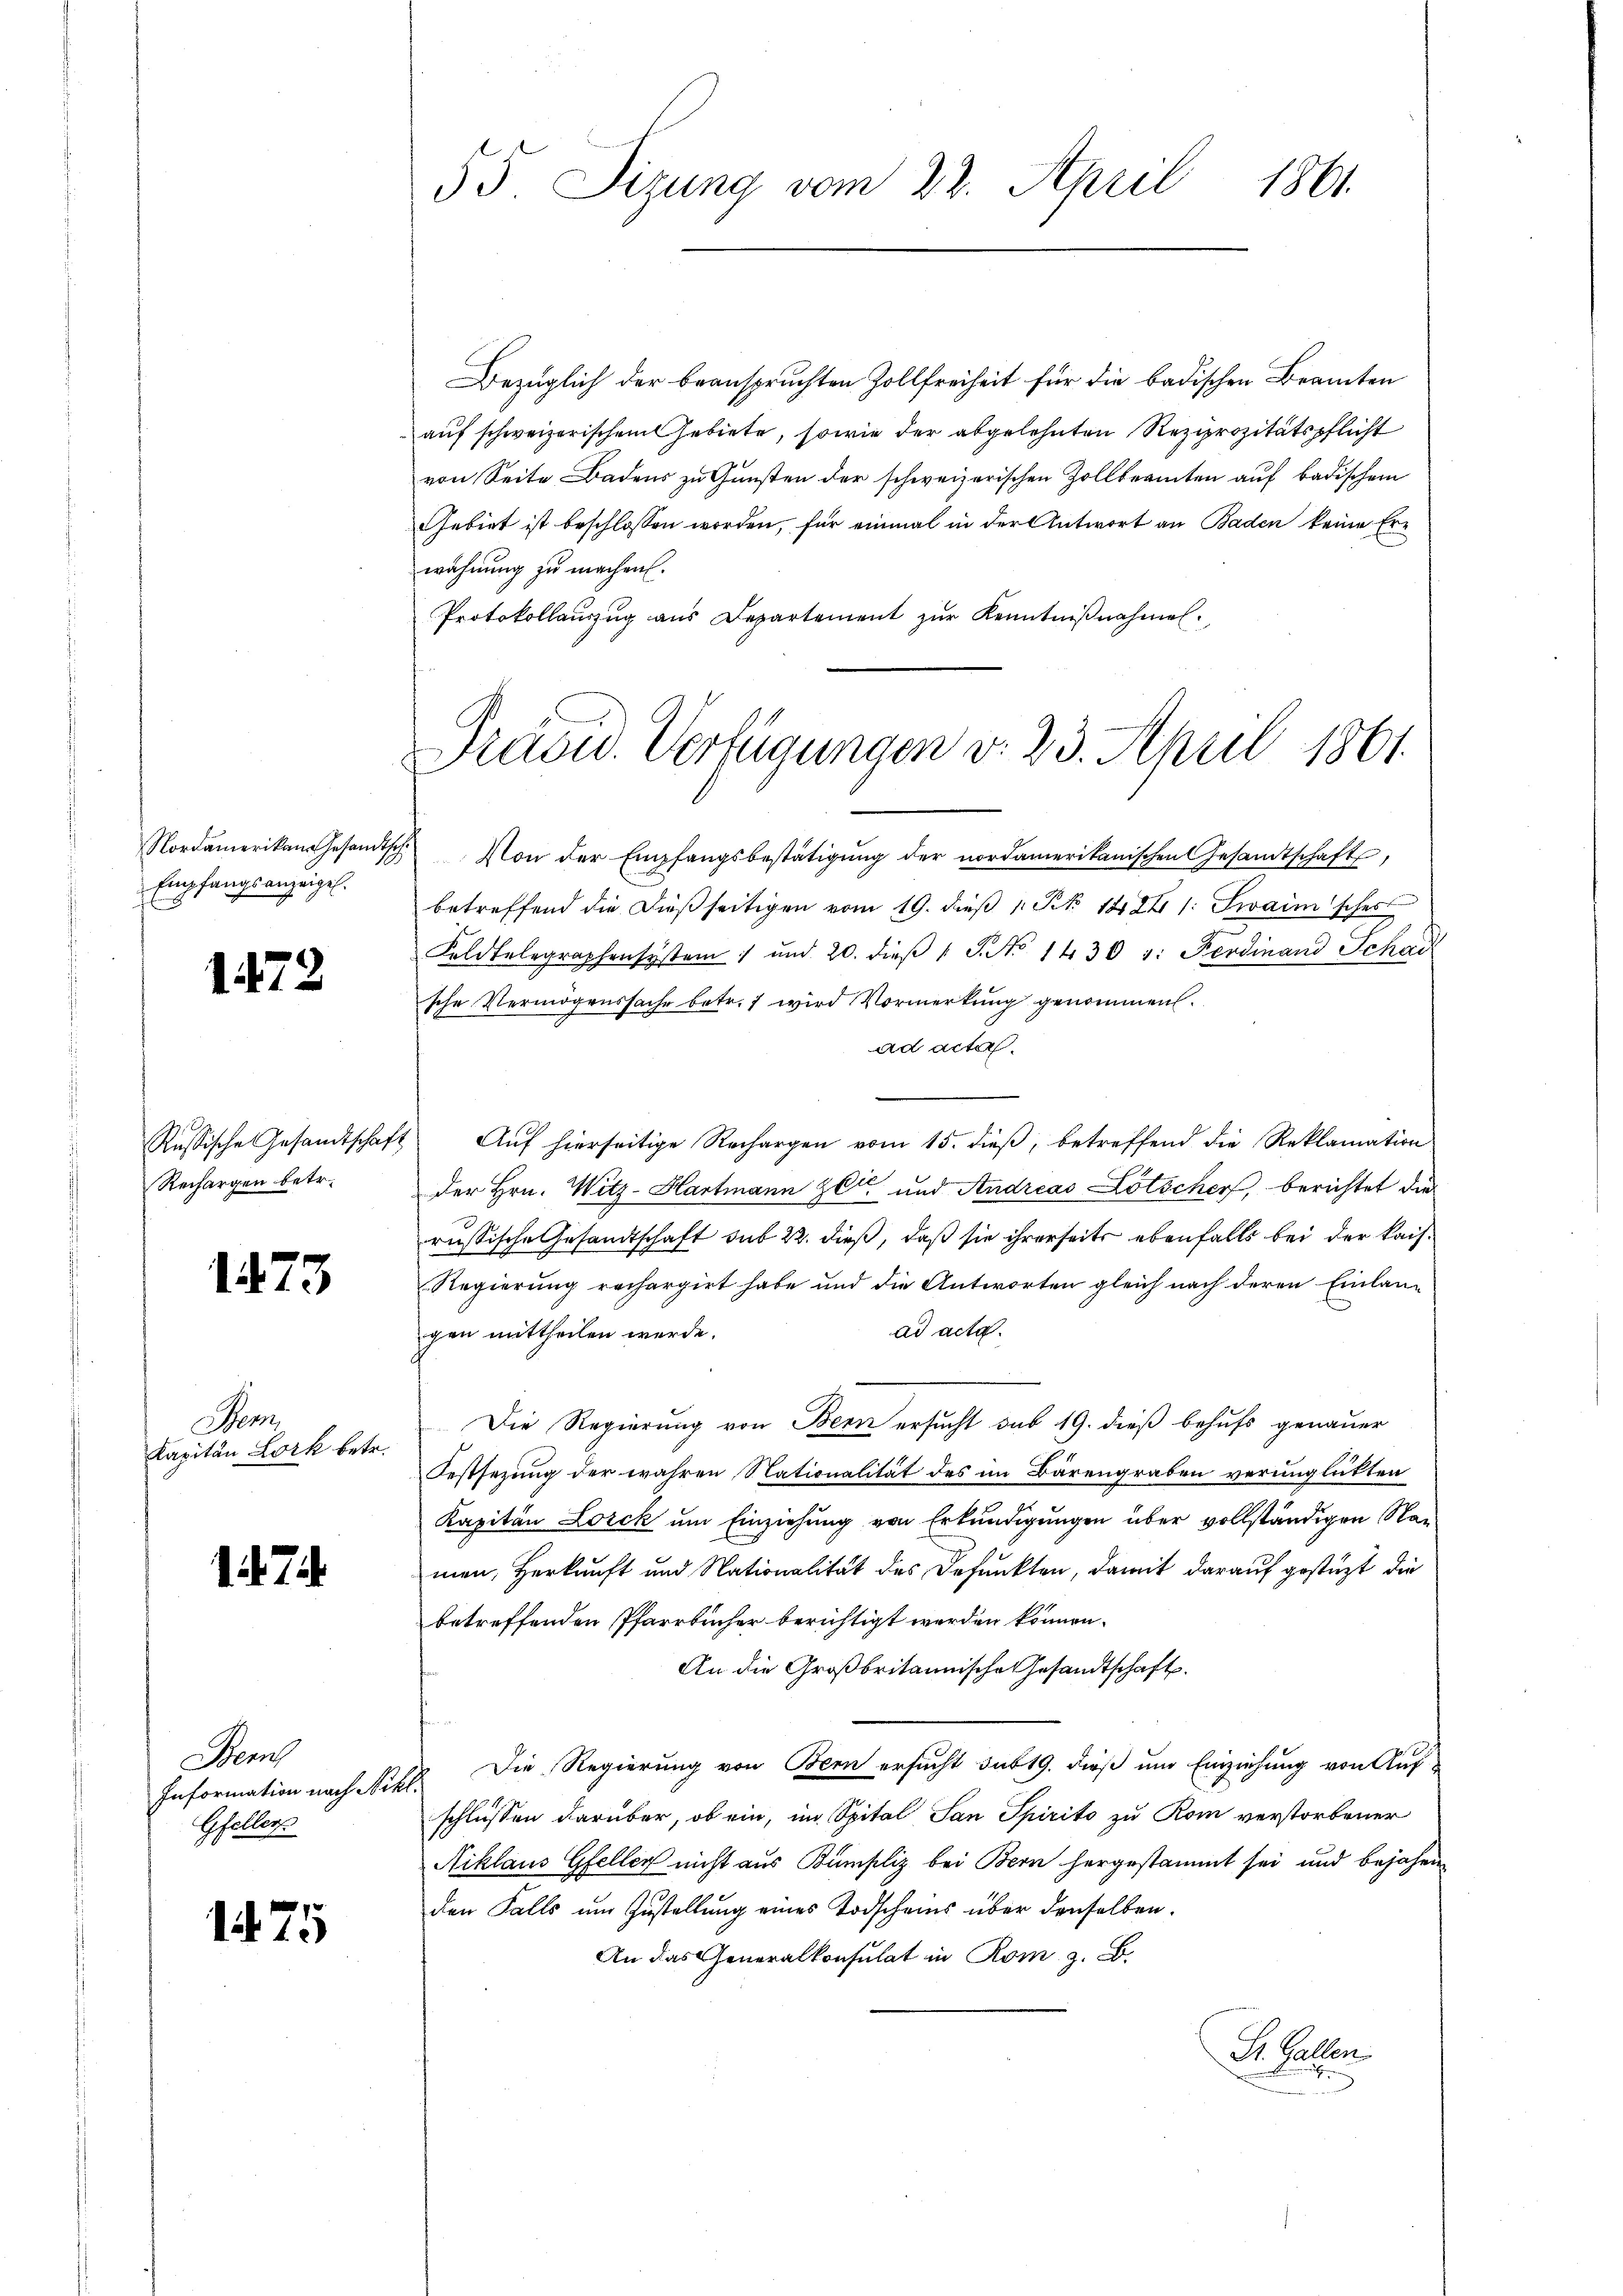
Nordamerikan Gesandtsc
Empfangsanzeigel.

1472

Russische Gesandtschaft
Rechargen betr.

1473

Sem
Kapitän Lork betr.

7.

Sennh
Information nach Nik
Gfellers

175

Bezüglich der beanspruchten Zollfreiheit für die badischen Beamten
auf schweizerischen Gebiete, sowie der abgelehnten Reziprozitätspflicht
von Seite Badens zu Gunsten der schweizerischen Zollbeamten auf badischem
Gebiet ist beschlossen worden, für einmal in der Antwort an Baden keine Erwähnung zu machen.
Protokollauszug aus Departement zŭr Kenntniβnahmen.

55 Sizung vom 22. April 1861.

Präsid. Verfügungen v. 23. April 1861.

Von der Empfangsbestätigung der nordamerikanischen Gesamtschaft,
betreffend die dießseitigen vom 19. dieß 1 St. 1884 1: Swaimsches
Feldtelegraphensystem 1 und 20. dieβ " J. No 1430 v. Ferdinand Schai
sche Vermögenssache betr. 1 wird Vormerkung genommen.
ad acta.
Auf hierseitige Rechargen vom 15. dieß, betreffend die Reklamation
der Hrn. Witz-Hartmann Zeit und Andreas Lotscher, berichtet die
russische Gesandtschaft sub 22. dieß, daß sie ihrerseits ebenfalls bei der Kais.
Regierung rechargirt habe und die Antworten gleich nach deren Einlanad acta.
gen mittheilen werde.
Die Regierung von Bern ersucht sub 19. dieß behufs genauer
Festsezung der wahren Nationalität des im Bärengraben verunglükten
Kapitän Lorck um Einziehung von Erkundigungen über vollständigen Namen, Herkauft und Nationalität des Befunkten, damit darauf gestüzt die
betreffenden Pfarrbücher berichtigt werden können.
An die Großbritannische Gesandtschaft.
Die Regierung von Bern ersucht sub 19. dieß um Einziehung von Aufch
schlüssen darüber, ob ein, im Spital San Spirito zu Rom verstorbener
Niklaus Gfeller nicht aus Bumpliz bei Bern hergestammt sei und bejahen
den Falls um Zustellung eines Todscheins über denselben.
An das Generalkonsulat in Rom z. B.
Dr. Gallen